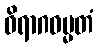
ဝိရာဂဓမ္မတံ